Annual administration report of the Civil Veterinary Department, Ajmere-Merwara, British Rajputana - 1914-1940
Year: 1914
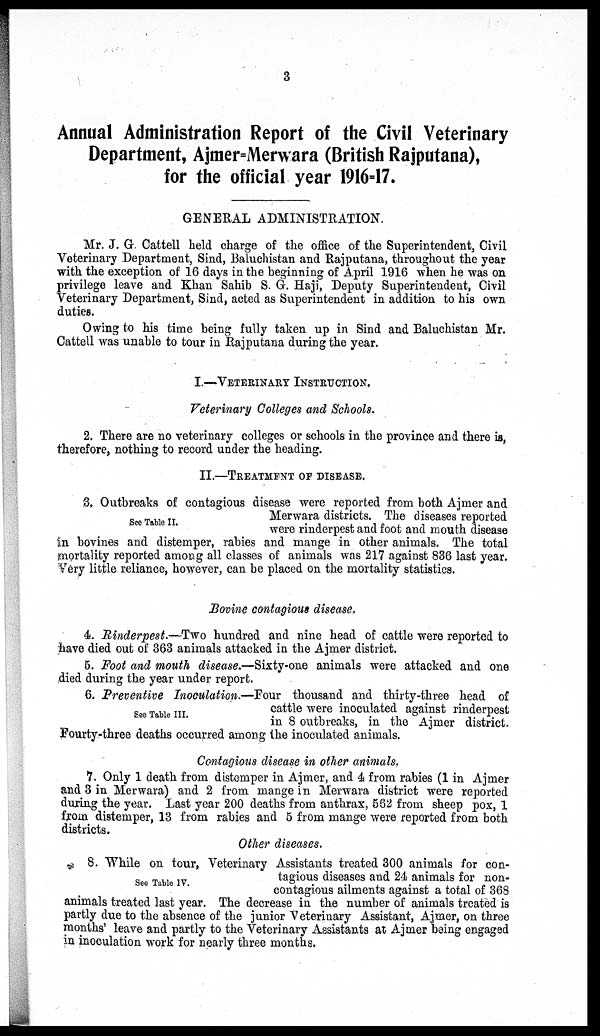
3
Annual Administration Report of the Civil Veterinary
Department, Ajmer-Merwara (British Rajputana),
for the official year 1916=17.
GENERAL ADMINISTRATION.
Mr. J. G. Cattell held charge of the office of the Superintendent, Civil
Veterinary Department, Sind, Baluchistan and Rajputana, throughout the year
with the exception of 16 days in the beginning of April 1916 when he was on
privilege leave and Khan Sahib S. G. Haji, Deputy Superintendent, Civil
Veterinary Department, Sind, acted as Superintendent in addition to his own
duties.
Owing to his time being fully taken up in Sind and Baluchistan Mr.
Cattell was unable to tour in Rajputana during the year.
I.—VETERINERY INSTRUCTIONS.
Veterinary Colleges and Schools.
2. There are no veterinary colleges or schools in the province and there is,
therefore, nothing to record under the heading.
II.—TREATMENT OF DISEASE.
See Table II.
3. Outbreaks of contagious disease were reported from both Ajmer and
Merwara districts. The diseases reported
were rinderpest and foot and mouth disease
in bovines and distemper, rabies and mange in other animals. The total
mortality reported among all classes of animals was 217 against 836 last year.
Very little reliance, however, can be placed on the mortality statistics.
Bovine contagious disease.
4. Rinderpest.—Two hundred and nine head of cattle were reported to
have died out of 363 animals attacked in the Ajmer district.
5. Foot and mouth disease.—Sixty-one animals were attacked and one
died during the year under report.
See Table III.
6. Preventive Inoculation.—Four thousand and thirty-three head of
cattle were inoculated against rinderpest
in 8 outbreaks, in the Ajmer district.
Fourty-three deaths occurred among the inoculated animals.
Contagious disease in other animals.
7. Only 1 death from distemper in Ajmer, and 4 from rabies (1 in Ajmer
and 3 in Merwara) and 2 from mange in Merwara district were reported
during the year. Last year 200 deaths from anthrax, 562 from sheep pox, 1
from distemper, 13 from rabies and 5 from mange were reported from both
districts.
Other diseases.
See Table IV.
8. While on tour, Veterinary Assistants treated 300 animals for con-
tagious diseases and 24 animals for non-
contagious ailments against a total of 368
animals treated last year. The decrease in the number of animals treated is
partly due to the absence of the junior Veterinary Assistant, Ajmer, on three
months' leave and partly to the Veterinary Assistants at Ajmer being engaged
in inoculation work for nearly three months.